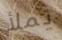
يملأ